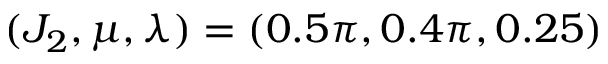
( J _ { 2 } , \mu , \lambda ) = ( 0 . 5 \pi , 0 . 4 \pi , 0 . 2 5 )